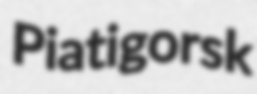
Piatigorsk